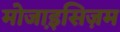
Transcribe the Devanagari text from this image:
मोजा़इसिज़म